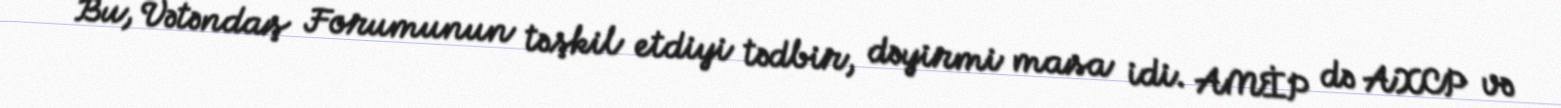
Bu, Vətəndaş Forumunun təşkil etdiyi tədbir, dəyirmi masa idi. AMİP də AXCP və